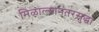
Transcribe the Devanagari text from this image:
मिळाल्यानंतरसुद्धा